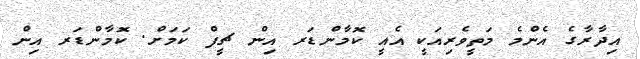
އިދާރާގެ އެންމެ މަތީވެރިއަކީ އެއީ ކޮމާންޑަރ އިން ޗީފް ކަމަށް. ކޮމާންޑަރ އިން